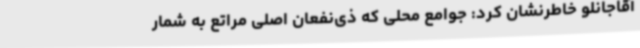
آقاجانلو خاطرنشان کرد: جوامع محلی که ذی‌نفعان اصلی مراتع به شمار